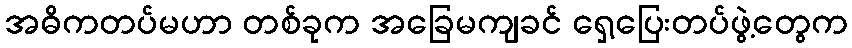
အဓိကတပ်မဟာ တစ်ခုက အခြေမကျခင် ရှေ့ပြေးတပ်ဖွဲ့တွေက